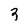
Character: 3